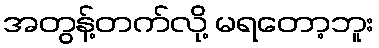
အတွန့်တက်လို့ မရတော့ဘူး